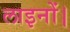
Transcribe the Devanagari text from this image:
लाइनों।